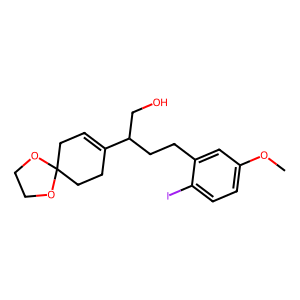
SMILES: COc1ccc(I)c(CCC(CO)C2=CCC3(CC2)OCCO3)c1
Inhibits HIV replication: No